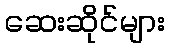
ဆေးဆိုင်များ